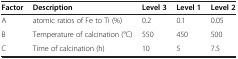
<table><thead><tr><td><b>Factor</b></td><td><b>Description</b></td><td><b>Level 3</b></td><td><b>Level 1</b></td><td><b>Level 2</b></td></tr></thead><tbody><tr><td>A</td><td>atomic ratios of Fe to Ti (%)</td><td>0.2</td><td>0.1</td><td>0.05</td></tr><tr><td>B</td><td>Temperature of calcination (°C)</td><td>550</td><td>450</td><td>500</td></tr><tr><td>C</td><td>Time of calcination (h)</td><td>10</td><td>5</td><td>7.5</td></tr></tbody></table>